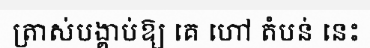
ត្រាស់បង្គាប់ឱ្យ គេ ហៅ តំបន់ នេះ